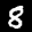
Label: 8